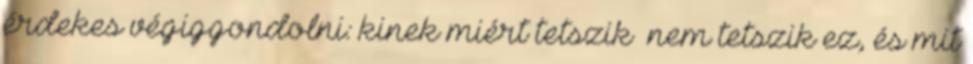
érdekes végiggondolni: kinek miért tetszik nem tetszik ez, és mit